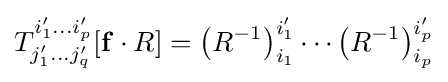
T_{j'_{1}\dots j'_{q}}^{i'_{1}\dots i'_{p}}[\mathbf {f} \cdot R]=\left(R^{-1}\right)_{i_{1}}^{i'_{1}}\cdots \left(R^{-1}\right)_{i_{p}}^{i'_{p}}